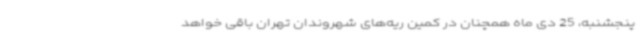
پنجشنبه، 25 دی ماه همچنان در کمین ریه‌های شهروندان تهران باقی خواهد